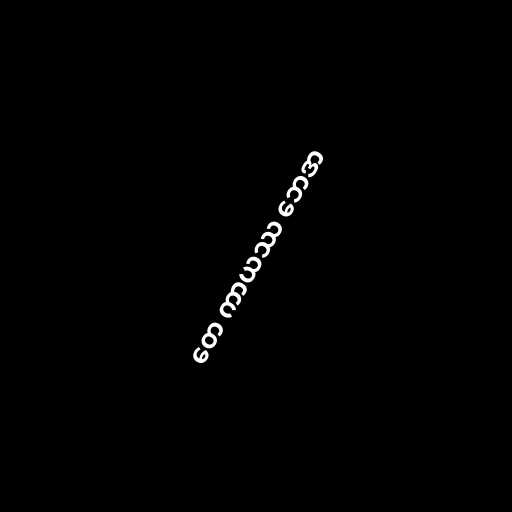
တေ ကာယဿ ဘေဒာ